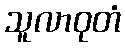
သူလာဝုတံ